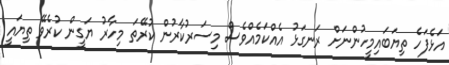
އަޅެފަހެ ތިޔަބައިމީހުންނަށް ރަނގަޅު އެއްކަމެއްވެސް މިސަރުކާރުން ކުރޭތަ މިހާރު ޔަގީން ކުރެވޭ ތިޔައީ